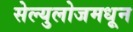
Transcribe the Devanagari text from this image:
सेल्युलोजमधून